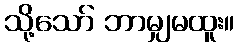
သို့သော် ဘာမျှမထူး။